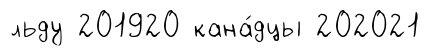
льду 201920 кана́дцы 202021